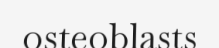
osteoblasts